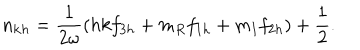
LaTeX: n _ { \mathbf { k } h } = \frac { 1 } { 2 \omega } \left( h { k } f _ { 3 h } + m _ { R } f _ { 1 h } + m _ { I } f _ { 2 h } \right) + \frac { 1 } { 2 } .